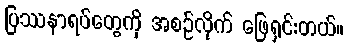
ပြဿနာရပ်တွေကို အစဉ်လိုက် ဖြေရှင်းတယ်။